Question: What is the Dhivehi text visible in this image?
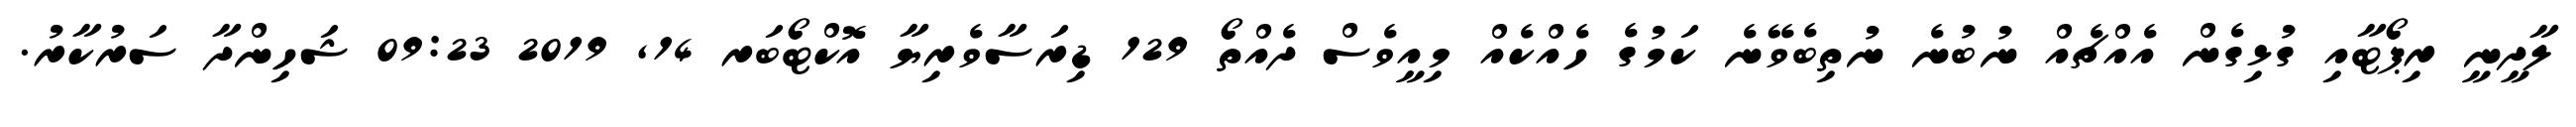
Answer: ލާދީނީ ރިޕޯޓާއި ގުޅިގެން އެއްޗެއް ނުބުނެ ނުތިބެވޭނެ ކަމުގެ ހެއްކެއް މިއީވެސް ދެއްތޯ 129 ޑިރަސާވެރިޔާ އޮކްޓޯބަރ 14, 2019 09:23 ޝަހިންދާ ސަރުކާރު.